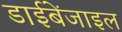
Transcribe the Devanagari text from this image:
डाईबेंजाइल